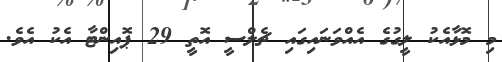
މި މޮޅާއެކު ލީގުގެ އެއްވަނައިގައި ޗެލްސީ އޮތީ 29 ޕޮއިންޓާ އެކު އެވެ.